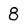
Character: 8